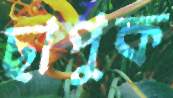
ছাপুক